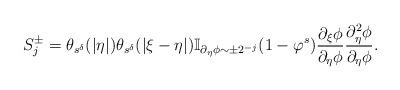
LaTeX: \begin{align*}S^{\pm}_{j}&=\theta_{s^\delta}(|\eta|)\theta_{s^\delta}(|\xi-\eta|) \mathbb{I}_{\partial_{\eta}\phi\sim \pm 2^{-j}}(1-\varphi^{s})\frac{\partial_{\xi}\phi}{\partial_{\eta}\phi}\frac{\partial_{\eta}^2\phi}{\partial_{\eta}\phi}.\end{align*}